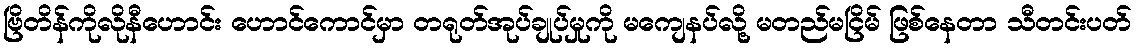
ဗြိတိန်ကိုလိုနီဟောင်း ဟောင်ကောင်မှာ တရုတ်အုပ်ချုပ်မှုကို မကျေနပ်လို့ မတည်မငြိမ် ဖြစ်နေတာ သီတင်းပတ်